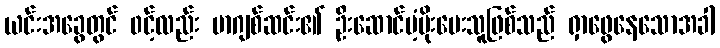
ယင်းအခွေတွင် ၀င့်လည်း မာဂျစ်ဆင်း၏ ဦးဆောင်ပံ့ပိုးပေးသူဖြစ်သည် ရှာဖွေနေသောအခါ